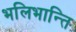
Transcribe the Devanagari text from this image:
भलिभान्ति